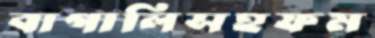
বাগালিসহফম